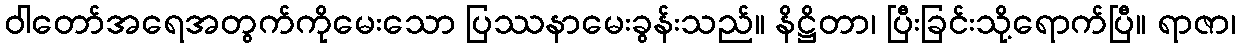
ဝါတော်အရေအတွက်ကိုမေးသော ပြဿနာမေးခွန်းသည်။ နိဋ္ဌိတာ၊ ပြီးခြင်းသို့ရောက်ပြီ။ ရာဇာ၊